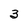
Character: 3